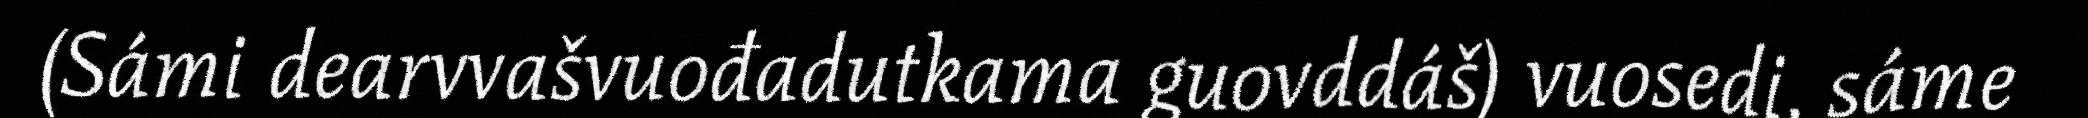
(Sámi dearvvašvuođadutkama guovddáš) vuosedi, sáme